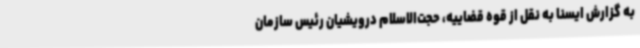
به گزارش ایسنا به نقل از قوه قضاییه، حجت‌الاسلام درویشیان رئیس سازمان